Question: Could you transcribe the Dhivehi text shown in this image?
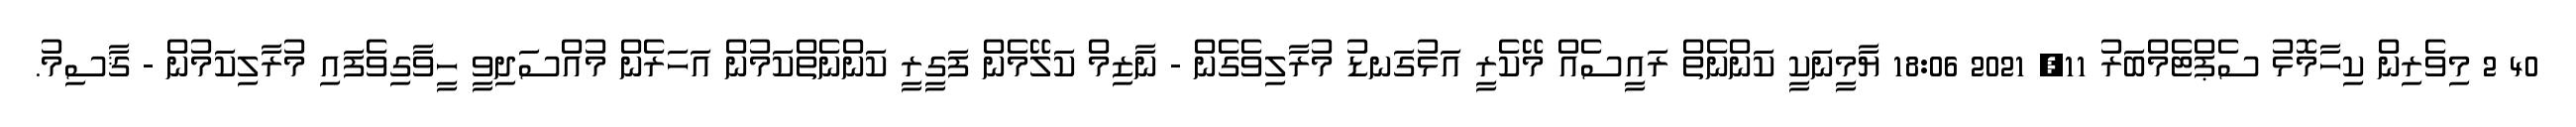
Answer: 40 2 މިވެރިން ކިހާމޮޅު ސެޕްޓެމްބަރު 11, 2021 18:06 ޔާމީނަކީ ކަންނެތް ރައީސެއް މޭކެރީ އަޅުގަނޑު މުރާލިވެގެން - ނާޒިމް ކަލޭމެން ފަގީރީ ކަންނެތްކަމުން އަހަރެން މުއްސަދިވީ ހީވާގިވެފައި މުރާލިކަމުން - ޤާސިމު.